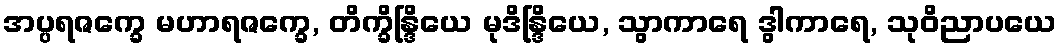
အပ္ပရဇက္ခေ မဟာရဇက္ခေ, တိက္ခိန္ဒြိယေ မုဒိန္ဒြိယေ, သွာကာရေ ဒွါကာရေ, သုဝိညာပယေ